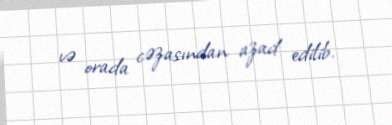
və orada cəzasından azad edilib.